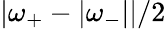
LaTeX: |\omega_{+}-|\omega_{-}||/2